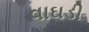
વાઘડી